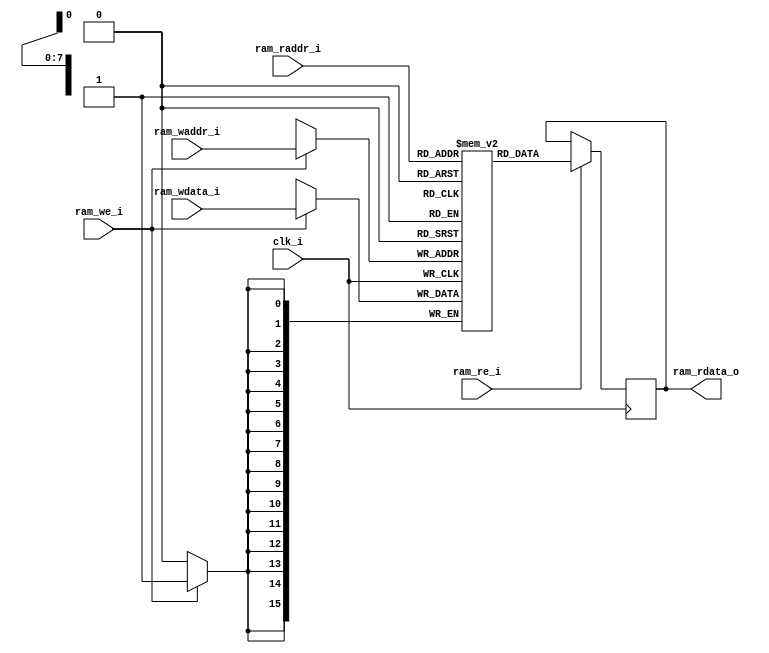
//###############################################################################
//# N1 - Dual Ported RAM (256 words)                                            #
//###############################################################################
//#    Copyright 2018 - 2023 Dirk Heisswolf                                     #
//#    This file is part of the N1 project.                                     #
//#                                                                             #
//#    N1 is free software: you can redistribute it and/or modify               #
//#    it under the terms of the GNU General Public License as published by     #
//#    the Free Software Foundation, either version 3 of the License, or        #
//#    (at your option) any later version.                                      #
//#                                                                             #
//#    N1 is distributed in the hope that it will be useful,                    #
//#    but WITHOUT ANY WARRANTY; without even the implied warranty of           #
//#    MERCHANTABILITY or FITNESS FOR A PARTICULAR PURPOSE.  See the            #
//#    GNU General Public License for more details.                             #
//#                                                                             #
//#    You should have received a copy of the GNU General Public License        #
//#    along with N1.  If not, see <http://www.gnu.org/licenses/>.              #
//###############################################################################
//# Description:                                                                #
//#    This is the behavioral model of a 256 word dual module, which is         #
//#    compatible to an ICE40 sysMEM block (SB_RAM256x16).                      #
//#                                                                             #
//###############################################################################
//# Version History:                                                            #
//#   January 14, 2024                                                          #
//#      - Initial release                                                      #
//###############################################################################
`default_nettype none

module N1_dpram_256w
   (//Clock and reset
    input  wire                             clk_i,                                                //module clock

    //RAM interface
    input  wire [7:0]                       ram_raddr_i,                                          //read address
    input  wire [7:0]                       ram_waddr_i,                                          //write address
    input  wire [15:0]                      ram_wdata_i,                                          //write data
    input  wire                             ram_re_i,                                             //read enable
    input  wire                             ram_we_i,                                             //write enable
    output reg  [15:0]                      ram_rdata_o);                                         //read data

   //Memory
   //------
   reg [15:0] mem [0:255];
   always @(posedge clk_i) begin
      if (ram_we_i) mem[ram_waddr_i] <= ram_wdata_i;
      if (ram_re_i)      ram_rdata_o <= mem[ram_raddr_i];
   end

endmodule // N1_dpram_256w